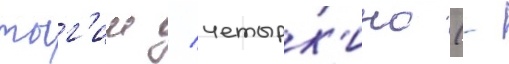
тыг'иш / четырк'ино (-